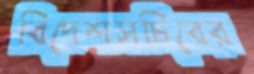
বিদেশসচিবের